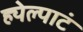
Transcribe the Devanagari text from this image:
ह्येल्पाटं